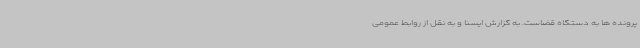
پرونده ها به دستگاه قضاست. به گزارش ایسنا و به نقل از روابط عمومی